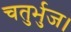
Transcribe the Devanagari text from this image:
चतुर्भुज।